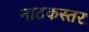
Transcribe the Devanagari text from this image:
नाटकस्तर